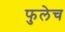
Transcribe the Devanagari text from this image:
फुलेच